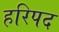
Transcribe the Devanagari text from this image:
हरिपद